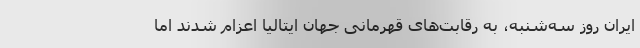
ایران روز سه‌شنبه، به رقابت‌های قهرمانی جهان ایتالیا اعزام شدند اما